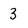
Character: 3